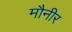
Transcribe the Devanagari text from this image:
मौनीर